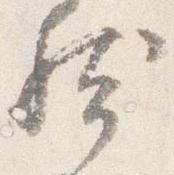
然